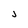
Character: j